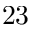
^ Ḋ 2 3 Ḍ